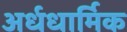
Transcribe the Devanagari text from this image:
अर्धधार्मिक